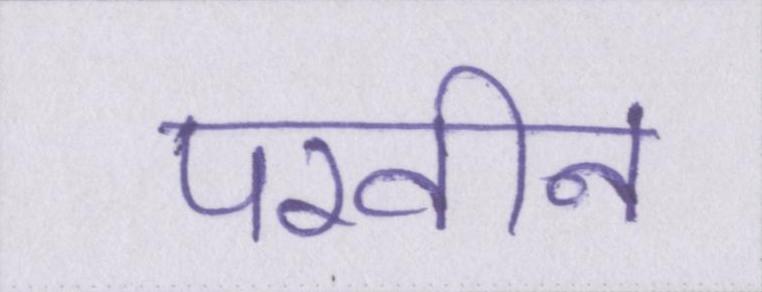
परवीन